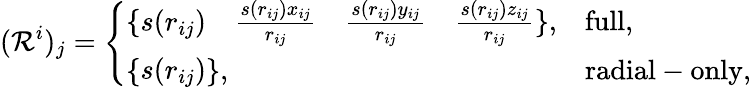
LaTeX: (\mathcal{R}^{i})_{j}=\left\{ \begin{array}{ll}{\{ \begin{array}{cccc}{s(r_{ij})}&{\frac{s(r_{ij})x_{ij}}{r_{ij}}}&{\frac{s(r_{ij})y_{ij}}{r_{ij}}}&{\frac{s(r_{ij})z_{ij}}{r_{ij}}}\end{array}\} ,}&{\mathrm{full},}\\ {\{ \begin{array}{c}{s(r_{ij})}\end{array}\} ,}&{\mathrm{radial-only},}\end{array}\right.